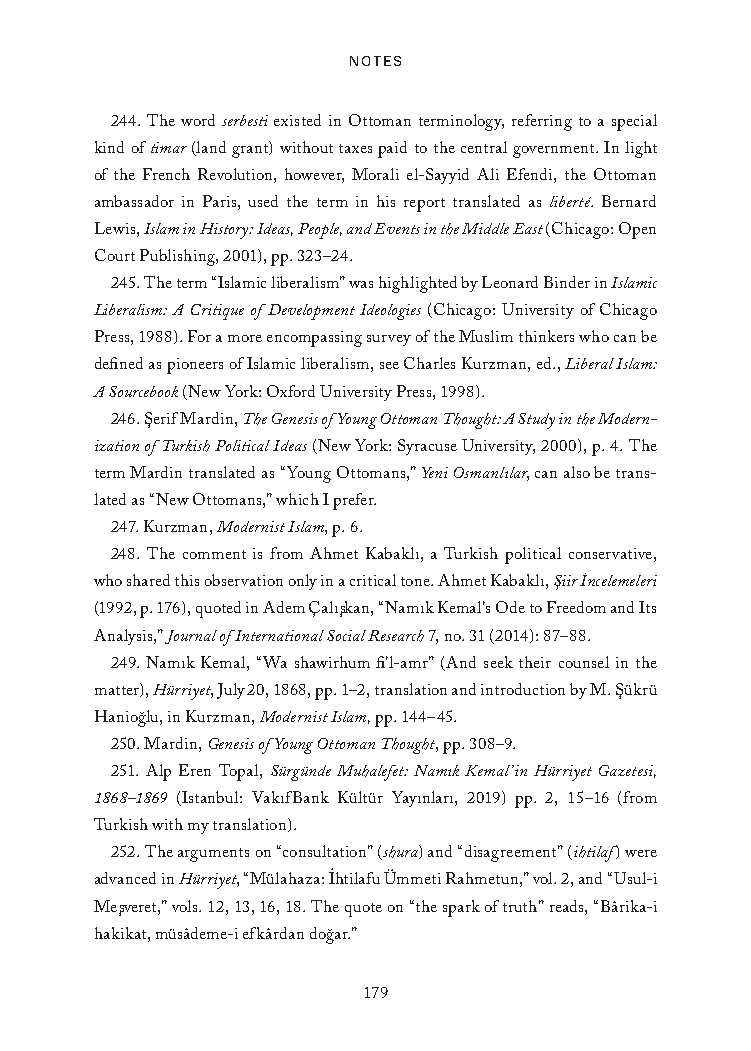
Notes
 244. The word serbesti existed in Ottoman terminology, referring to a special
 kind of timar (land grant) without taxes paid to the central government. In light
 of the French Revolution, however, Morali el-Sayyid Ali Efendi, the Ottoman
 ambassador in Paris, used the term in his report translated as liberté. Bernard
 Lewis, Islam in History: Ideas, People, and Events in the Middle East (Chicago: Open
 Court Publishing, 2001), pp. 323–24.
 245. The term “Islamic liberalism” was highlighted by Leonard Binder in Islamic
 Liberalism: A Critique of Development Ideologies (Chicago: University of Chicago
 Press, 1988). For a more encompassing survey of the Muslim thinkers who can be
 defined as pioneers of Islamic liberalism, see Charles Kurzman, ed., Liberal Islam:
 A Sourcebook (New York: Oxford University Press, 1998).
 246. S¸erif Mardin, The Genesis of Young Ottoman Thought: A Study in the Modern-
 ization of Turkish Political Ideas (New York: Syracuse University, 2000), p. 4. The
 term Mardin translated as “Young Ottomans,” Yeni Osmanlılar, can also be trans-
 lated as “New Ottomans,” which I prefer.
 247. Kurzman, Modernist Islam, p. 6.
 248. The comment is from Ahmet Kabaklı, a Turkish political conservative,
 who shared this observation only in a critical tone. Ahmet Kabaklı, S¸iir I˙ncelemeleri
 (1992, p. 176), quoted in Adem Çalıs¸kan, “Namık Kemal’s Ode to Freedom and Its
 Analysis,” Journal of International Social Research 7, no. 31 (2014): 87–88.
 249. Namık Kemal, “Wa shawirhum fi’l-amr” (And seek their counsel in the
 matter), Hürriyet, July 20, 1868, pp. 1–2, translation and introduction by M. S¸ükrü
 Haniog˘lu, in Kurzman, Modernist Islam, pp. 144–45.
 250. Mardin, Genesis of Young Ottoman Thought, pp. 308–9.
 251. Alp Eren Topal, Sürgünde Muhalefet: Namık Kemal’in Hürriyet Gazetesi,
 1868–1869 (Istanbul: VakıfBank Kültür Yayınları, 2019) pp. 2, 15–16 (from
 Turkish with my translation).
 252. The arguments on “consultation” (shura) and “disagreement” (ihtilaf) were
 .
 advanced in Hürriyet, “Mülahaza: Ihtilafu Ümmeti Rahmetun,” vol. 2, and “Usul-i
 Mes¸veret,” vols. 12, 13, 16, 18. The quote on “the spark of truth” reads, “Bârika-i
 hakikat, müsâdeme-i efkârdan dog˘ar.”
 179
 25320_Ch12_Notes.indd 179              24/06/2021 10:34 AM